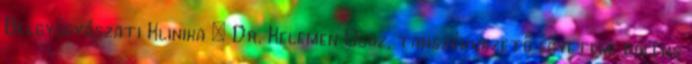
Belgyógyászati Klinika : Dr. Kelemen Oguz, tanszékvezető egyetemi docens